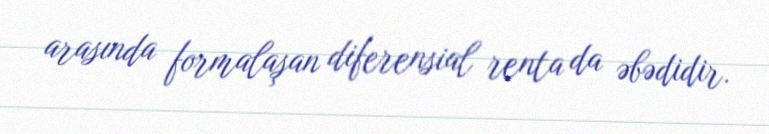
arasında formalaşan diferensial renta da əbədidir.